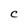
Character: C